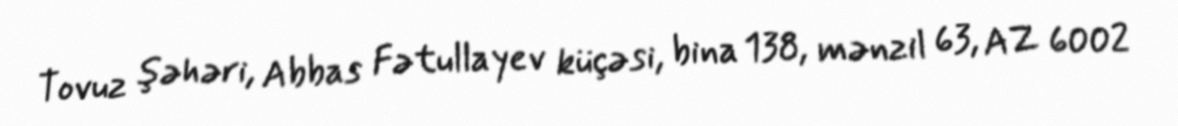
Tovuz şəhəri, Abbas Fətullayev küçəsi, bina 138, mənzil 63, AZ 6002